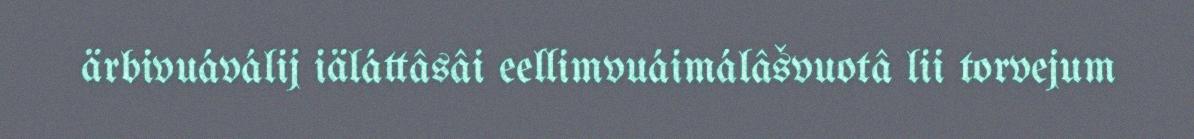
ärbivuáválij iäláttâsâi eellimvuáimálâšvuotâ lii torvejum